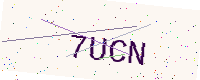
Text: 7UCN